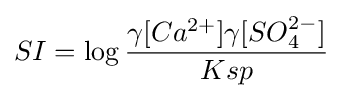
SI=\log {\frac {\gamma [Ca^{2+}]\gamma [SO_{4}^{2-}]}{Ksp}}